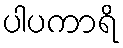
ပါပကာရိ